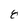
Character: 8